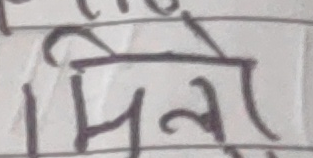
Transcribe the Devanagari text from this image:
मिलो